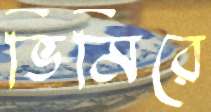
ভিমিরে